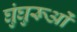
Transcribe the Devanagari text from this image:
घुंघुरूओं